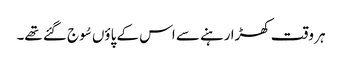
ہر وقت کھڑا رہنے سے اس کے پاؤں سُوج گئے تھے۔